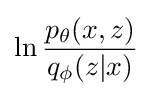
\ln {\frac {p_{\theta }(x,z)}{q_{\phi }(z|x)}}